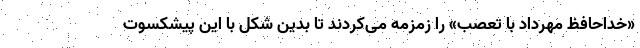
«خداحافظ مهردادِ با تعصب» را زمزمه می‌کردند تا بدین شکل با این پیشکسوت